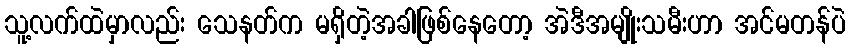
သူ့လက်ထဲမှာလည်း သေနတ်က မရှိတဲ့အခါဖြစ်နေတော့ အဲဒီအမျိုးသမီးဟာ အင်မတန်ပဲ